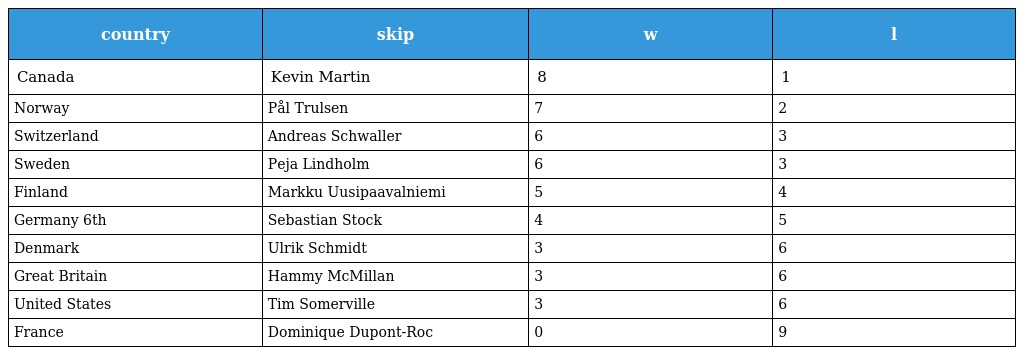
| country | skip | w | l |
 | --- | --- | --- | --- |
 | Canada | Kevin Martin | 8 | 1 |
 | Norway | Pål Trulsen | 7 | 2 |
 | Switzerland | Andreas Schwaller | 6 | 3 |
 | Sweden | Peja Lindholm | 6 | 3 |
 | Finland | Markku Uusipaavalniemi | 5 | 4 |
 | Germany 6th | Sebastian Stock | 4 | 5 |
 | Denmark | Ulrik Schmidt | 3 | 6 |
 | Great Britain | Hammy McMillan | 3 | 6 |
 | United States | Tim Somerville | 3 | 6 |
 | France | Dominique Dupont-Roc | 0 | 9 |